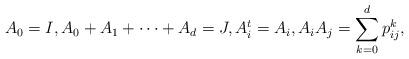
LaTeX: \begin{align*}A_0 = I, A_0 + A_1 + \dots + A_d = J, A_i^t = A_i, A_iA_j = \sum_{k=0}^d p^k_{ij},\end{align*}